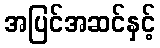
အပြင်အဆင်နှင့်